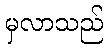
မှလာသည်